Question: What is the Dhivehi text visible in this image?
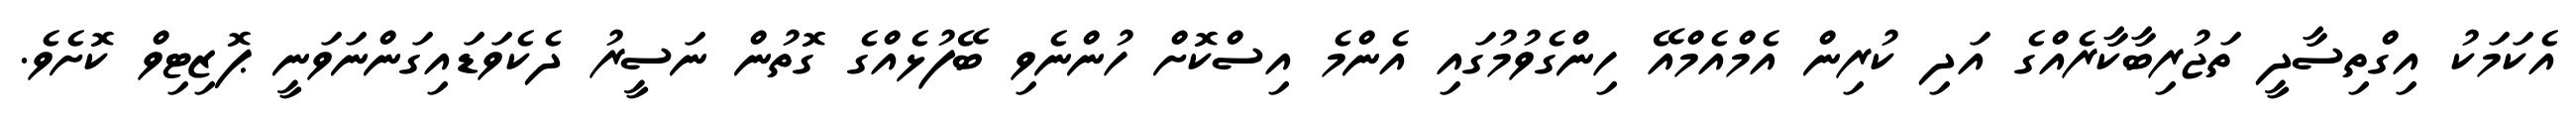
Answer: އެކަމަކު އިގްތިސާދީ ތަޖުރިބާކާރެއްގެ އަދި ކުރިން އެމްއެމްއޭ ހިންގެވުމުގައި އެންމެ އިސްކޮށް ހުންނެވި ބޭފުޅެއްގެ ގޮތުން ނަސީރު ދެކެވަޑައިގަންނަވަނީ ޕޮޒިޓިވް ކޮށެވެ.